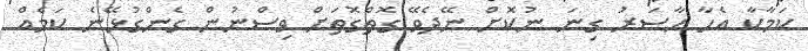
ކަމާކާ އެހާ ހާސަރު ގިނަ ނުކޮށް ނޭދެވޭ ގޮތްގޮތަށް ވިސްނުން ގެންގުޅޭނެ ކަމެއް